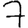
Digit: 7